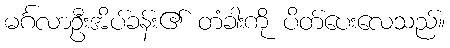
မင်္ဂလာဦးအိပ်ခန်း၏ တံခါးကို ပိတ်ပေးလေသည်။